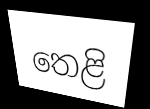
තෙළි